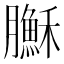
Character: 𦢦